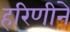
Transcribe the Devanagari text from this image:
हरिणीने